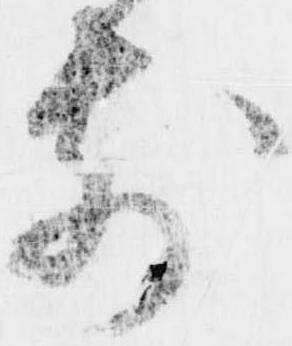
前